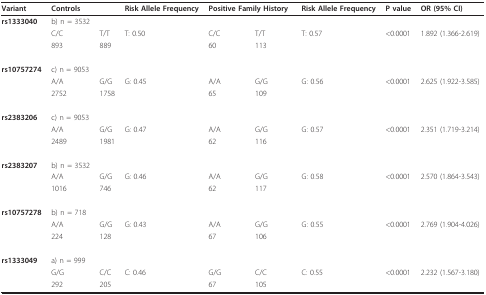
| Variant | Controls |  | Risk Allele Frequency | <COLSPAN=2> Positive Family History | Risk Allele Frequency | P value | OR (95% CI) |
 | --- | --- | --- | --- | --- | --- | --- | --- | --- |
 | rs1333040 | b) n = 3532 |  |  |  |  |  |  |  |
 |  | C/C | T/T | T: 0.50 | C/C | T/T | T: 0.57 | <0.0001 | 1.892 (1.366-2.619) |
 |  | 893 | 889 |  | 60 | 113 |  |  |  |
 | rs10757274 | c) n = 9053 |  |  |  |  |  |  |  |
 |  | A/A | G/G | G: 0.45 | A/A | G/G | G: 0.56 | <0.0001 | 2.625 (1.922-3.585) |
 |  | 2752 | 1758 |  | 65 | 109 |  |  |  |
 | rs2383206 | c) n = 9053 |  |  |  |  |  |  |  |
 |  | A/A | G/G | G: 0.47 | A/A | G/G | G: 0.57 | <0.0001 | 2.351 (1.719-3.214) |
 |  | 2489 | 1981 |  | 62 | 116 |  |  |  |
 | rs2383207 | b) n = 3532 |  |  |  |  |  |  |  |
 |  | A/A | G/G | G: 0.46 | A/A | G/G | G: 0.58 | <0.0001 | 2.570 (1.864-3.543) |
 |  | 1016 | 746 |  | 62 | 117 |  |  |  |
 | rs10757278 | b) n = 718 |  |  |  |  |  |  |  |
 |  | A/A | G/G | G: 0.43 | A/A | G/G | G: 0.55 | <0.0001 | 2.769 (1.904-4.026) |
 |  | 224 | 128 |  | 67 | 106 |  |  |  |
 | rs1333049 | a) n = 999 |  |  |  |  |  |  |  |
 |  | G/G | C/C | C: 0.46 | G/G | C/C | C: 0.55 | <0.0001 | 2.232 (1.567-3.180) |
 |  | 292 | 205 |  | 67 | 105 |  |  |  |